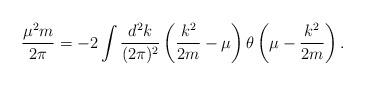
LaTeX: \begin{align*}\frac{\mu^2 m}{2 \pi} = -2 \int \frac{d^2 k}{(2\pi)^2} \left(\frac{k^2}{2m} - \mu \right) \theta \left(\mu - \frac{k^2}{2m} \right).\end{align*}